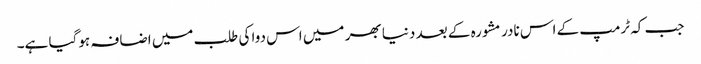
جب کہ ٹرمپ کے اس نادر مشورہ کے بعد دنیا بھر میں اس دوا کی طلب میں اضافہ ہوگیا ہے۔